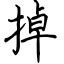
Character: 掉